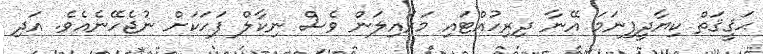
ޙަޤީޤަތް ކިޔާދީފިނަމަ އޭނާ ދިރިހުއްޓައި މަރައިލަން ވެސް ނިކާލް ފަހަކަށް ނުޖެހޭނެއެވެ. އަދި